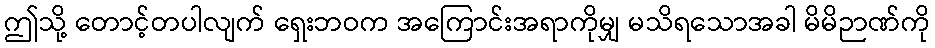
ဤသို့ တောင့်တပါလျက် ရှေးဘဝက အကြောင်းအရာကိုမျှ မသိရသောအခါ မိမိဉာဏ်ကို